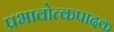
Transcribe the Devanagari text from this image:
प्रभावोत्कपादक